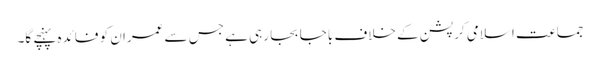
جماعت اسلامی کرپشن کے خلاف باجا بجا رہی ہے جس سے عمران کو فائدہ پہنچے گا۔